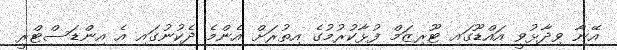
އޭނާ ވިދާޅުވީ އައްޑޫގައި ޓޫރިޒަމް ފުޅާކުރުމުގެ އިތުރަށް އެންމެ ދެކުނުގައި އެ އިންޑަސްޓްރީ